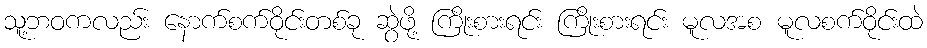
သူ့ဘဝကလည်း နောက်စက်ဝိုင်းတစ်ခု ဆွဲဖို့ ကြိုးစားရင်း ကြိုးစားရင်း မူလအစ မူလစက်ဝိုင်းထဲ